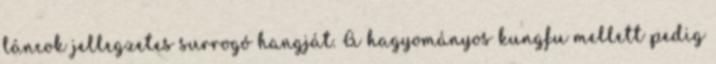
láncok jellegzetes surrogó hangját. A hagyományos kungfu mellett pedig